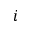
i